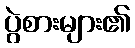
ပွဲစားများ၏